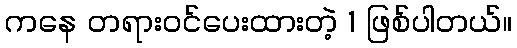
ကနေ တရားဝင်ပေးထားတဲ့ 1 ဖြစ်ပါတယ်။